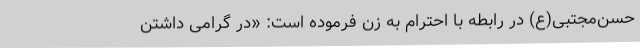
حسن‌مجتبی(ع) در رابطه با احترام به زن فرموده است: «در گرامی‌ داشتن